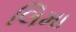
લિમા